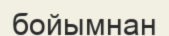
бойымнан